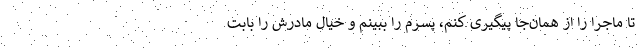
تا ماجرا را از همان‌جا پیگیری کنم، پسرم را ببینم و خیال مادرش را بابت